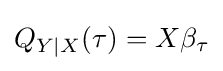
Q_{Y|X}(\tau )=X\beta _{\tau }